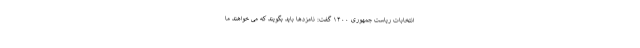
انتخابات ریاست جمهوری ۱۴۰۰ گفت: نامزدها باید بگویند که می خواهند ما